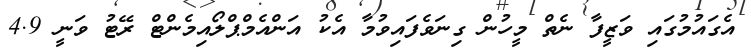
އެގައުމުގައި ވަޒީފާ ނެތް މީހުން ގިނަވެފައިވުމާ އެކު އަންއެމްޕްލޯއިމެންޓް ރޭޓު ވަނީ 4.9